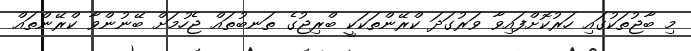
މި ބާޖުތަކުގައި ހަރުކޮށްފައިވާ ވަރުގަދަ ކްރޭންތަކަކީ ބްރިޖުގެ ތަނބުތައް ޖެހުމަށް ބޭނުންވާ ކްރޭންތައް